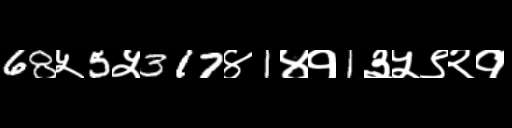
Text: 68५5५317४1४१1३५९२१